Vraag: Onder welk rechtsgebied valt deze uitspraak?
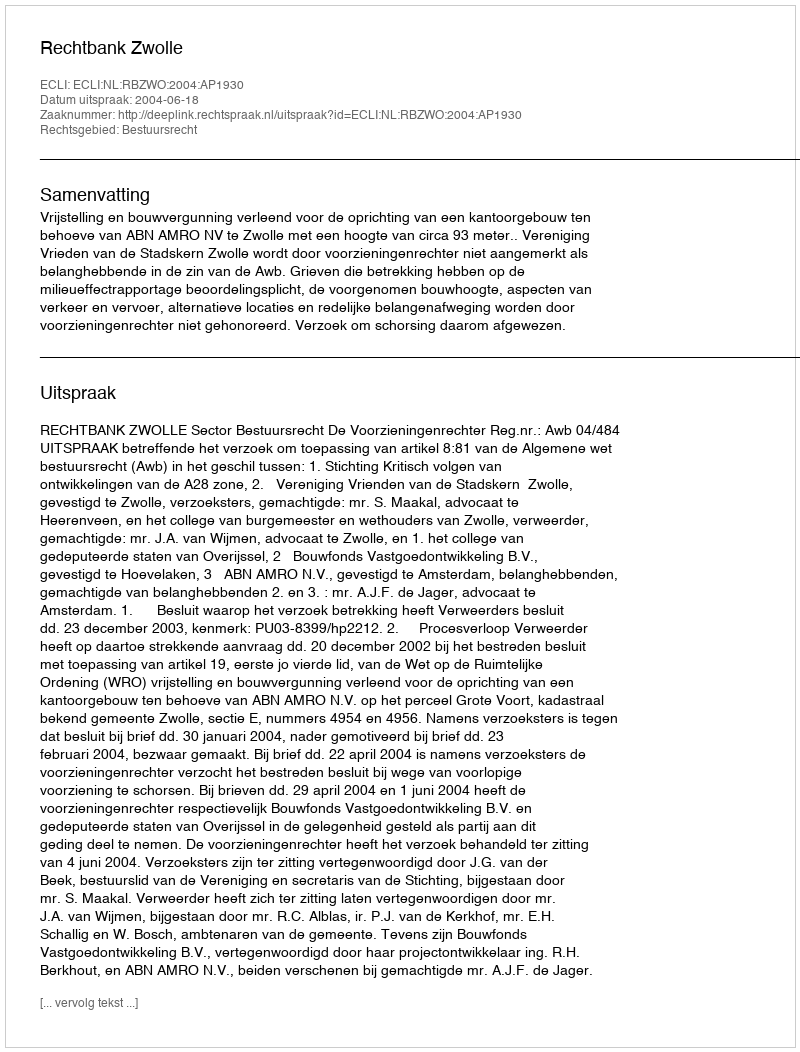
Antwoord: Bestuursrecht